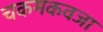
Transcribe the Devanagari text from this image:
चकमकवजा